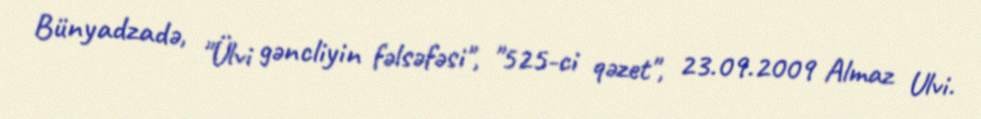
Bünyadzadə, "Ülvi gəncliyin fəlsəfəsi", "525-ci qəzet", 23.09.2009 Almaz Ulvi.